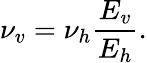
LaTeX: \nu_{v}=\nu_{h}\frac{E_{v}}{E_{h}}.